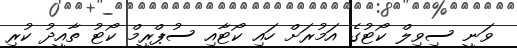
ވަނީ ސިވިލް ކޯޓުގެ އަމުރަށް ހައި ކޯޓާއި ސުޕްރީމް ކޯޓު ތާއީދު ކުރި